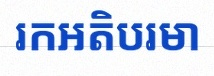
រកអតិបរមា